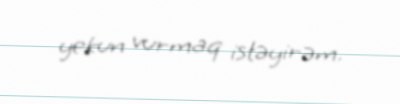
yekun vurmaq istəyirəm.